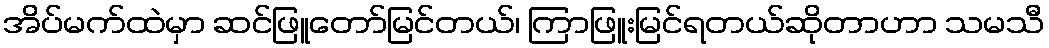
အိပ်မက်ထဲမှာ ဆင်ဖြူတော်မြင်တယ်၊ ကြာဖြူးမြင်ရတယ်ဆိုတာဟာ သမသီ